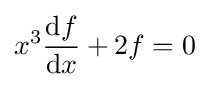
x^{3}{\frac {\mathrm {d} f}{\mathrm {d} x}}+2f=0